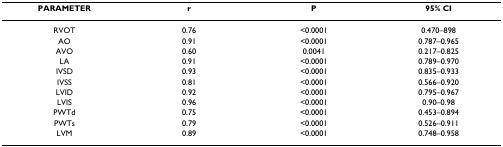
<table><thead><tr><td><b>PARAMETER</b></td><td><b>r</b></td><td><b>P</b></td><td><b>95% CI</b></td></tr></thead><tbody><tr><td>RVOT</td><td>0.76</td><td>&lt;0.0001</td><td>0.470–898</td></tr><tr><td>AO</td><td>0.91</td><td>&lt;0.0001</td><td>0.787–0.965</td></tr><tr><td>AVO</td><td>0.60</td><td>0.0041</td><td>0.217–0.825</td></tr><tr><td>LA</td><td>0.91</td><td>&lt;0.0001</td><td>0.789–0.970</td></tr><tr><td>IVSD</td><td>0.93</td><td>&lt;0.0001</td><td>0.835–0.933</td></tr><tr><td>IVSS</td><td>0.81</td><td>&lt;0.0001</td><td>0.566–0.920</td></tr><tr><td>LVID</td><td>0.92</td><td>&lt;0.0001</td><td>0.795–0.967</td></tr><tr><td>LVIS</td><td>0.96</td><td>&lt;0.0001</td><td>0.90–0.98</td></tr><tr><td>PWTd</td><td>0.75</td><td>&lt;0.0001</td><td>0.453–0.894</td></tr><tr><td>PWTs</td><td>0.79</td><td>&lt;0.0001</td><td>0.526–0.911</td></tr><tr><td>LVM</td><td>0.89</td><td>&lt;0.0001</td><td>0.748–0.958</td></tr></tbody></table>